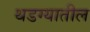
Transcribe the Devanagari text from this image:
थडग्यातील